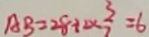
A B = 2 8 + 2 \times \frac { 3 } { 7 } = 6